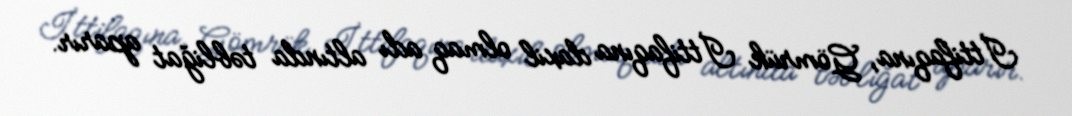
İttifaqına, Gömrük İttifaqına daxil olmaq adı altında təbliğat aparır.